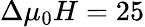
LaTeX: \Delta\mu_{0}H=25